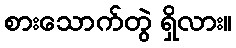
စားသောက်တွဲ ရှိလား။